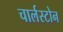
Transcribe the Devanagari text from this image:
चार्लस्टोन